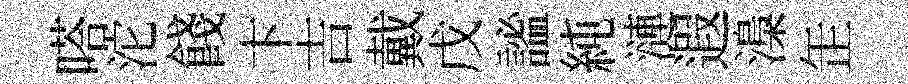
嗒沱餞卞吉戴戊謐純漣遐𣻏𦈢